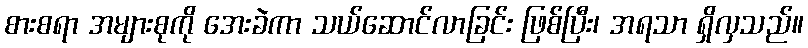
စားစရာ အများစုကို အေးခဲကာ သယ်ဆောင်လာခြင်း ဖြစ်ပြီး၊ အရသာ ရှိလှသည်။